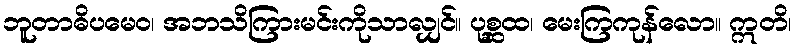
ဘူတာဓိပမေဝ၊ အဘသိကြားမင်းကိုသာလျှင်။ ပုစ္ဆထ၊ မေးကြကုန်လော။ ဣတိ၊